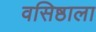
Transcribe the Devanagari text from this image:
वसिष्ठाला